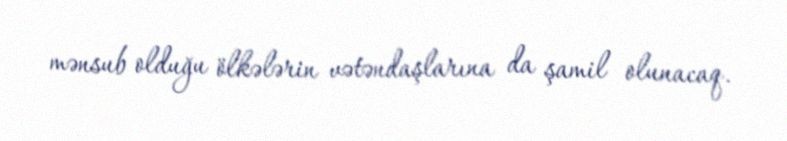
mənsub olduğu ölkələrin vətəndaşlarına da şamil olunacaq.